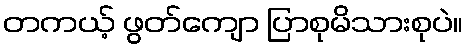
တကယ့် ဖွတ်ကျော ပြာစုမိသားစုပဲ။